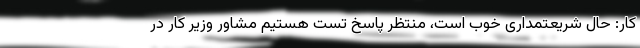
کار: حال شریعتمداری خوب است، منتظر پاسخ تست هستیم مشاور وزیر کار در